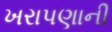
ખરાપણાની